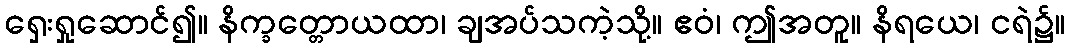
ရှေးရှုဆောင်၍။ နိက္ခတ္တောယထာ၊ ချအပ်သကဲ့သို့။ ဧဝံ၊ ဤအတူ။ နိရယေ၊ ငရဲ၌။